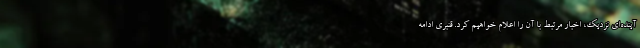
آینده‌ای نزدیک، اخبار مرتبط با آن را اعلام خواهیم کرد. قنبری ادامه